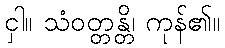
ငှါ။ သံဝတ္တန္တိ၊ ကုန်၏။